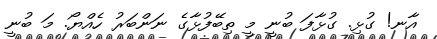
އާނ! ގުޅި. ގުޅާފަ ބުނީ މީ ތިބޭފުޅާގެ ނަންބަރު ހެއްޔޯ. މަ ބުނީ